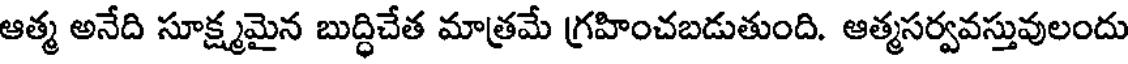
ఆత్మ అనేది సూక్ష్మమైన బుద్ధిచేత మాత్రమే గ్రహించబడుతుంది. ఆత్మసర్వవస్తువులందు